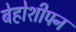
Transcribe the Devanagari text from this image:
बेहोशीपन